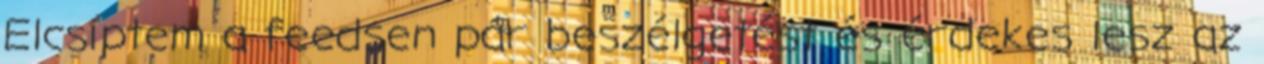
Elcsíptem a feedsen pár beszélgetést és érdekes lesz az